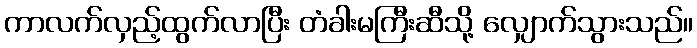
ကာလက်လှည့်ထွက်လာပြီး တံခါးမကြီးဆီသို့ လျှောက်သွားသည်။